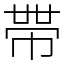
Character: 𭘧